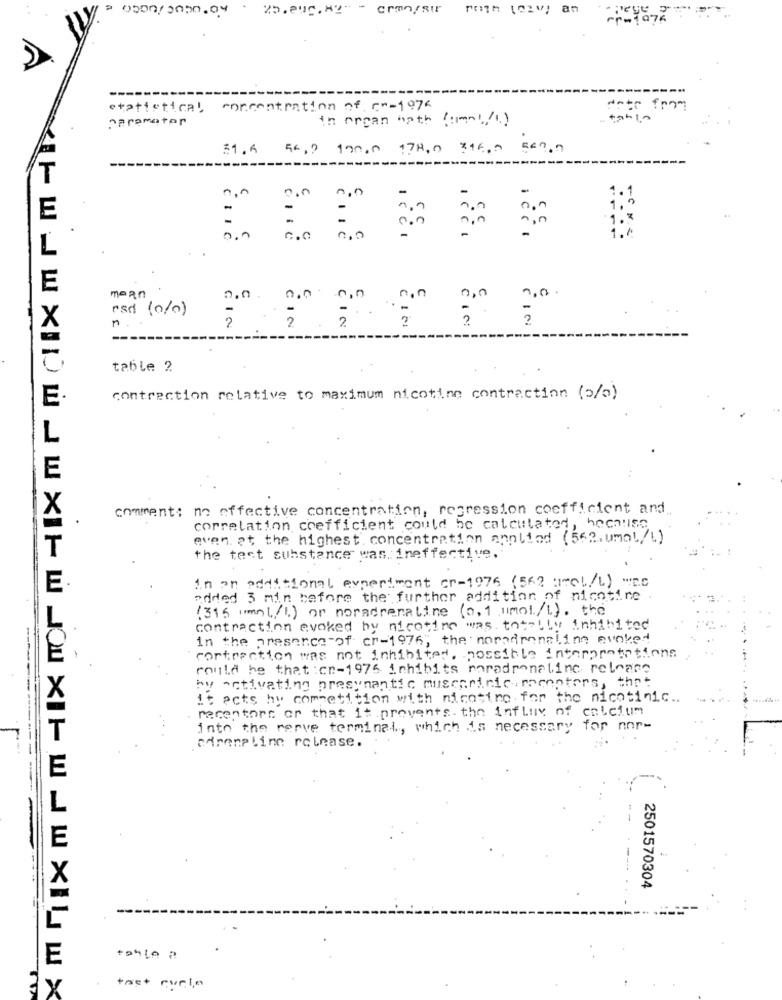
.
25.aug. HY" - crm/str
statistical concentration of cm-1976
from
in organ bath (mol/L)
31.6 54,2 190,0 178,0 316,2 540,0
E
0.0
.€5.
mean
000
rsd (0%)
n.
2
EIN
table ?
E
contraction relative to maximum nicotine contractinn (5/a)
E
comment: no effective concentration, regression coefficient and
correlation coefficient could be calculated, because
even. at the highest. concentration annlind (562.umol/l)
the test substance was ineffective.
in an additional experiment cr-1976 (562 areL/L) was
added 3 min before the further addition of nicotine
(315 (mnl/1) or noradrenaline (0.1 mmol/L). the
contraction evoked by nicotine was totally inhibited
in the presence of cr-1976, the noradrenaling evoked
cortraction was not inhibited. possible interpretations
could be that :cn-1976 inhibits noradrenalinc release
by activating presynantic muscarinic recenters, the
It acts by competition with nicotine for the nicotinic ..
recentors or that it .prevents. the influv of calcium
into the nerve terminal, which is necessary for nor-
Girenpline release.
--
--
---
2501570304
E
tast curto